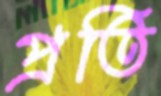
প্রতি